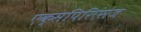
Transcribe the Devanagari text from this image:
एक्सपिरिएंसेज